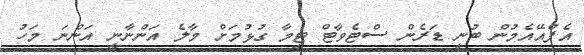
އެފްއޭއެމުން ބުނީ ޑަރެން ސްޓެވާޓް ޓީމާ ގުޅުމަށް މާލެ އަންނާނީ އަންނަ މަހު